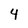
Character: 4